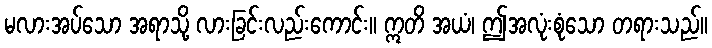
မလားအပ်သော အရာသို့ လားခြင်းလည်းကောင်း။ ဣတိ အယံ၊ ဤအလုံးစုံသော တရားသည်။